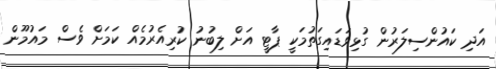
އަދި ކައުންސިލަރުން ގުޅިވަޑައިގަތުމަކީ ޕާޓީ އަށް ލިބުނު ކުރިއެރުމެއް ކަމަށް ވެސް މައުމޫން